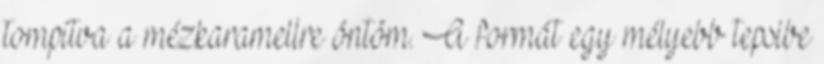
tompítva a mézkaramellre öntöm. A formát egy mélyebb tepsibe